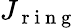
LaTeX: J_{\mathrm{~r~i~n~g~}}